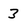
Character: 3